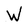
Character: W